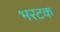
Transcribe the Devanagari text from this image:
भरटक